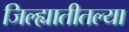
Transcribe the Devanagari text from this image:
जिल्ह्यातीतल्या